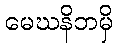
မေဃနိဘမှိ